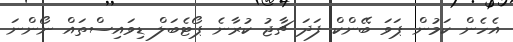
އެހެން ކަމުން ޕަވަ ބޭންކް ފަދަ ޗާޖު ކުރާނެ ޕޯޓެބަލް ޑިވައިސްތައް ނޯންނަ